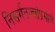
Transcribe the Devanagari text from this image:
निसर्गतज्ज्ञांप्रमाणे